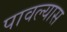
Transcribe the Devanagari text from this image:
पावल्यास